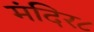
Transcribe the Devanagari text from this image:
मंदिर८